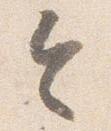
令